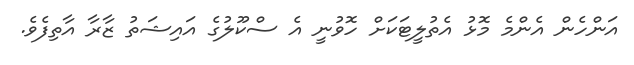
އަންހެން އެންމެ މޮޅު އެތުލީޓަކަށް ހޮވުނީ އެ ސްކޫލުގެ އައިޝަތު ޒާރާ އާތިފެވެ.